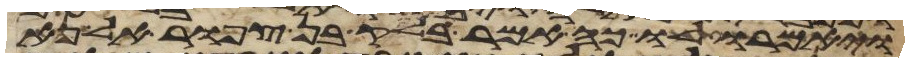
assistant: ויאמרו לו כה אמר בלק בן צפור אל נא